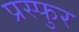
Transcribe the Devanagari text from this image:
प्रस्फुर